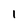
Character: i